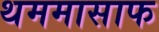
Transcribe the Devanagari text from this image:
थममासाफ